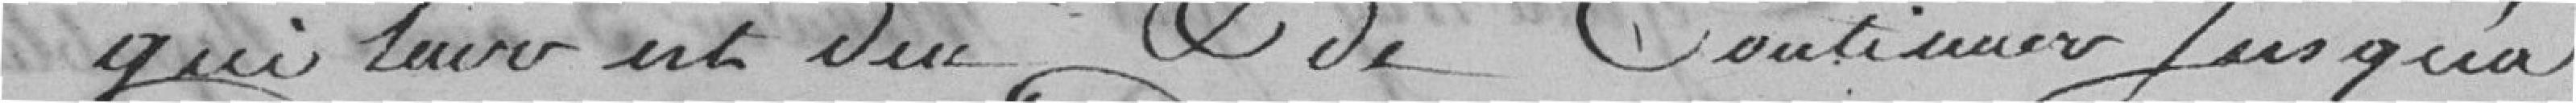
qui leur est dû et de continuer jusqu'à